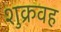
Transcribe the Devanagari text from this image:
शुक्रवह